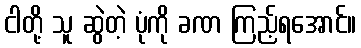
ငါတို့ သူ ဆွဲတဲ့ ပုံကို ခဏ ကြည့်ရအောင်။